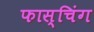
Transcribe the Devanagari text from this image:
फास्चिंग